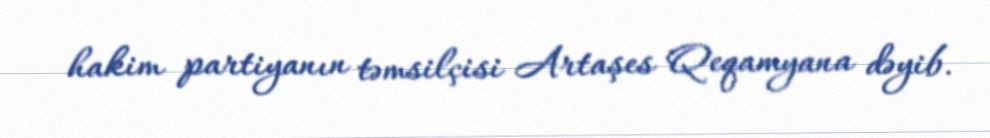
hakim partiyanın təmsilçisi Artaşes Qeqamyana dəyib.